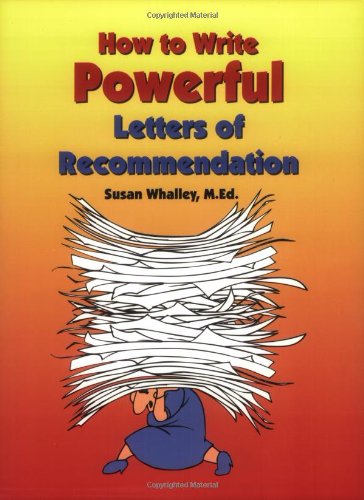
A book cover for How to Write Powerful Letters of Recommendation; Susan Whalley; Business & Money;